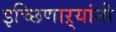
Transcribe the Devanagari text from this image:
इच्छिणाऱ्यांनी